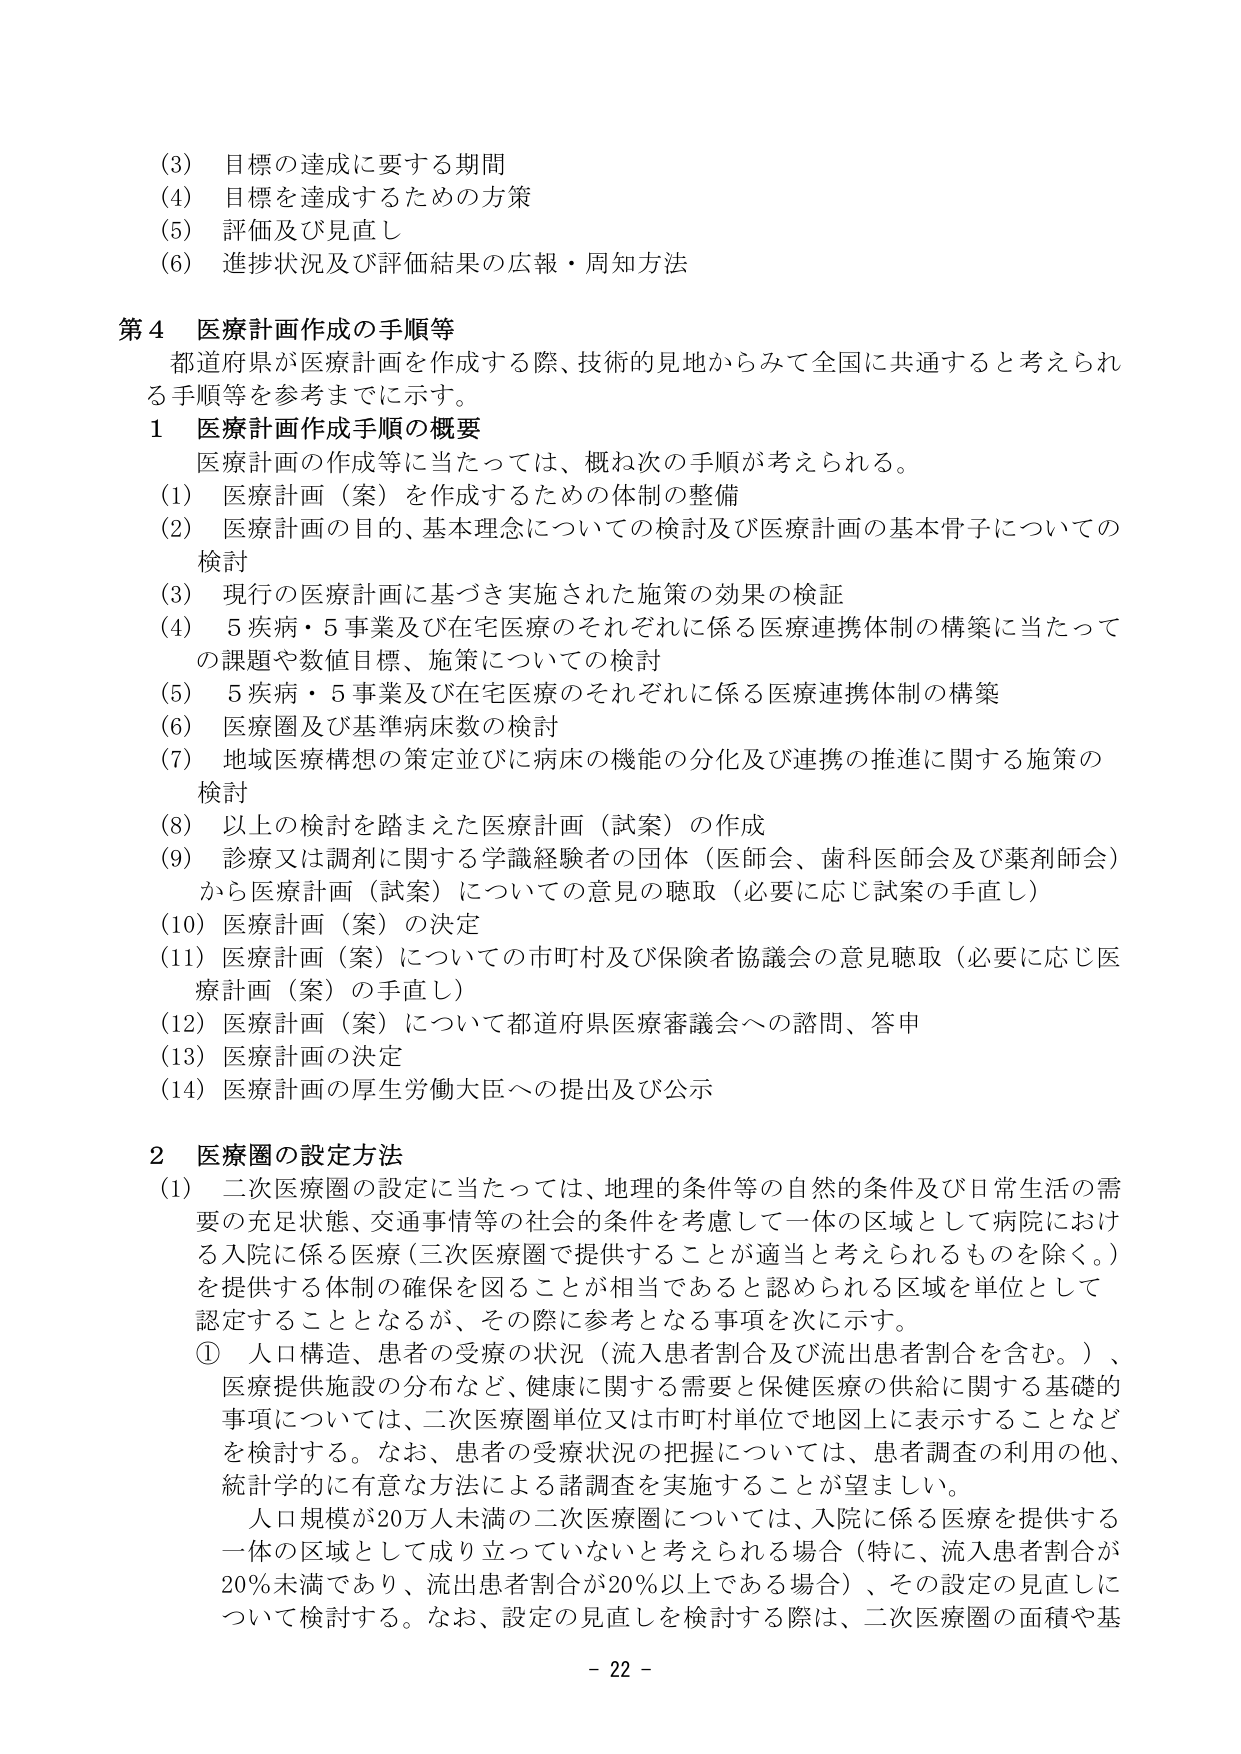
(3) 目標の達成に要する期間
(4) 目標を達成するための方策
(5) 評価及び見直し
(6) 進捗状況及び評価結果の広報・周知方法

第4 医療計画作成の手順等
都道府県が医療計画を作成する際、技術的見地からみて全国に共通すると考えられる手順等を参考までに示す。

1 医療計画作成手順の概要
医療計画の作成等に当たっては、概ね次の手順が考えられる。
(1) 医療計画（案）を作成するための体制の整備
(2) 医療計画の目的、基本理念についての検討及び医療計画の基本骨子についての検討
(3) 現行の医療計画に基づき実施された施策の効果の検証
(4) 5疾病・5事業及び在宅医療のそれぞれに係る医療連携体制の構築に当たっての課題や数値目標、施策についての検討
(5) 5疾病・5事業及び在宅医療のそれぞれに係る医療連携体制の構築
(6) 医療圏及び基準病床数の検討
(7) 地域医療構想の策定並びに病床の機能の分化及び連携の推進に関する施策の検討
(8) 以上の検討を踏まえた医療計画（試案）の作成
(9) 診療又は調剤に関する学識経験者の団体（医師会、歯科医師会及び薬剤師会）から医療計画（試案）についての意見の聴取（必要に応じ試案の手直し）
(10) 医療計画（案）の決定
(11) 医療計画（案）についての市町村及び保険者協議会の意見聴取（必要に応じ医療計画（案）の手直し）
(12) 医療計画（案）について都道府県医療審議会への諮問、答申
(13) 医療計画の決定
(14) 医療計画の厚生労働大臣への提出及び公示

2 医療圏の設定方法
(1) 二次医療圏の設定に当たっては、地理的条件等の自然的条件及び日常生活の需要の充足状態、交通事情等の社会的条件を考慮して一体の区域として病院における入院に係る医療（三次医療圏で提供することが適当と考えられるものを除く。）を提供する体制の確保を図ることが相当であると認められる区域を単位として認定することとなるが、その際に参考となる事項を次に示す。
① 人口構造、患者の受療の状況（流入患者割合及び流出患者割合を含む。）、医療提供施設の分布など、健康に関する需要と保健医療の供給に関する基礎的事項については、二次医療圏単位又は市町村単位で地図上に表示することなどを検討する。なお、患者の受療状況の把握については、患者調査の利用の他、統計学的に有意な方法による諸調査を実施することが望ましい。
人口規模が20万人未満の二次医療圏については、入院に係る医療を提供する一体の区域として成り立っていないと考えられる場合（特に、流入患者割合が20％未満であり、流出患者割合が20％以上である場合）、その設定の見直しについて検討する。なお、設定の見直しを検討する際は、二次医療圏の面積や基

- 22 -